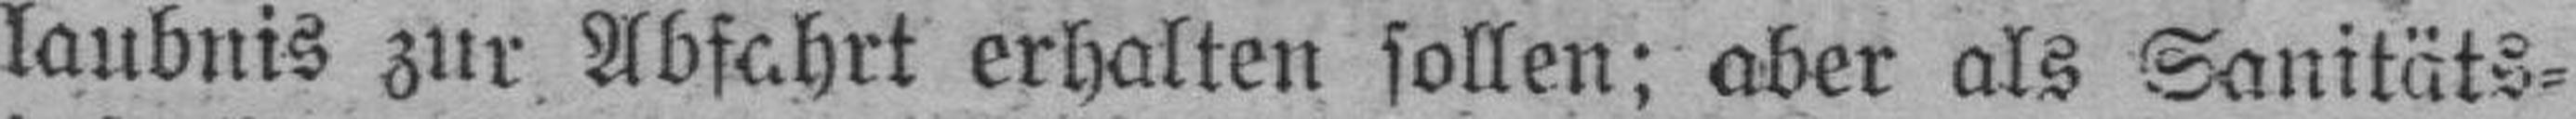
laubnis zur Abfahrt erhalten sollen; aber als Sanitäts¬